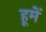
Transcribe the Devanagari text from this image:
हूमें